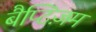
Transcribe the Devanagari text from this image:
बैप्टिज़म